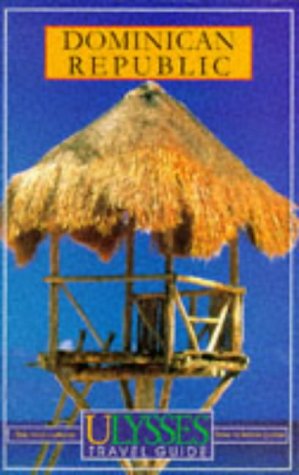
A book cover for Dominican Republic (4th Edition); Benoit Prieur; Travel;